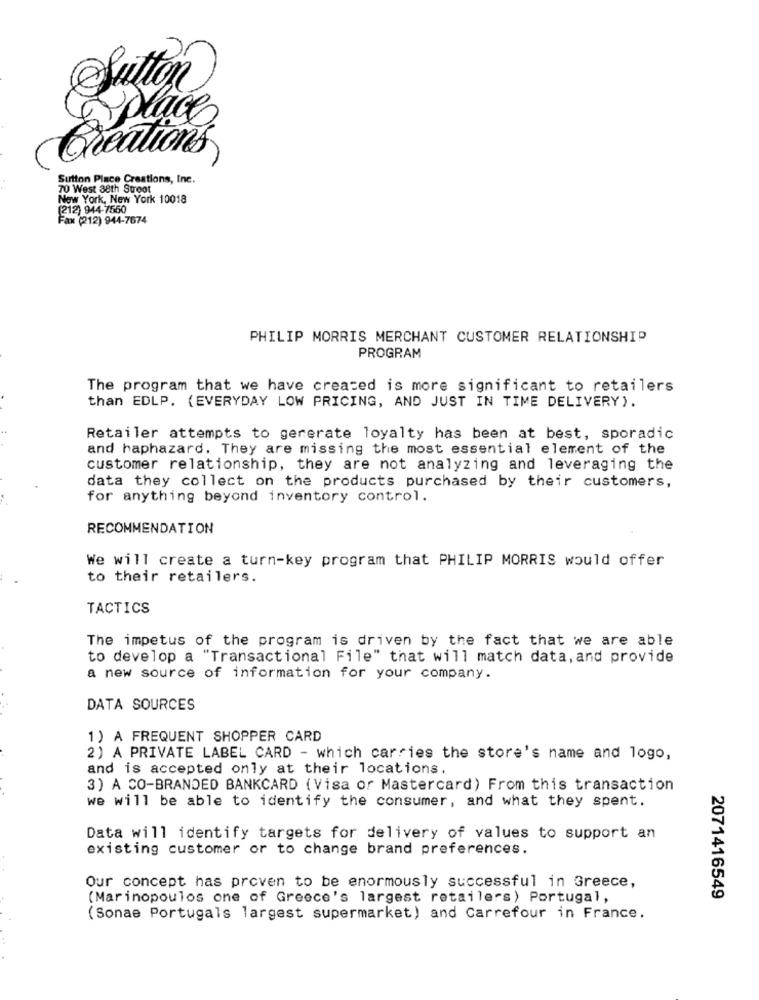
Sutton
Creations
Sutton Place Creations, Inc.
70 West 38th Stroot
New York, New York 10018
(212) 944-7550
Fax (212) 944-7674
PHILIP MORRIS MERCHANT CUSTOMER RELATIONSHIP
PROGRAM
The program that we have created is more significant to retailers
than EDLP. (EVERYDAY LOW PRICING, AND JUST IN TIME DELIVERY).
Retailer attempts to generate loyalty has been at best, sporadic
and haphazard. They are missing the most essential element of the
customer relationship, they are not analyzing and leveraging the
data they collect on the products purchased by their customers,
for anything beyond inventory control.
RECOMMENDATION
We will create a turn-key program that PHILIP MORRIS would offer
to their retailers.
TACTICS
The impetus of the program is driven by the fact that we are able
to develop a "Transactional File" that will match data, and provide
a new source of information for your company.
DATA SOURCES
1) A FREQUENT SHOPPER CARD
2) A PRIVATE LABEL CARD - which carries the store's name and logo,
and is accepted only at their locations.
3) A CO-BRANDED BANKCARD ( Visa or Mastercard) From this transaction
we will be able to identify the consumer, and what they spent.
Data will identify targets for delivery of values to support an
existing customer or to change brand preferences.
Our concept has proven to be enormously successful in Greece,
2071416549
(Marinopoulos one of Greece's largest retailers) Portugal,
(Sonae Portugals largest supermarket) and Carrefour in France.